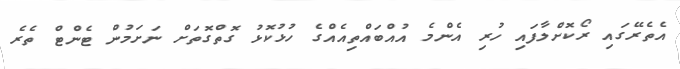
އެތެރޭގައި ރޯކޮށްލާފައި ހުރި އެންމެ އުއްބައްތިއެއްގެ ހުޅުކޮޅު ގޮތްގޮތަށް ނަށަމުން ޓެންޓް ތެރެ